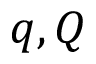
q , Q